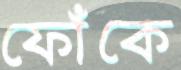
ফোঁকে